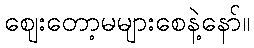
ဈေးတော့မများစေနဲ့နော်။